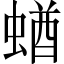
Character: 蝤